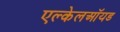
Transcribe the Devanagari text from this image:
एल्केलऑयड